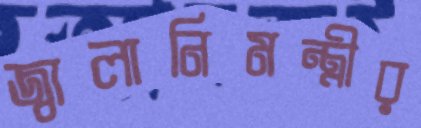
জ্বালানিমন্ত্রীর